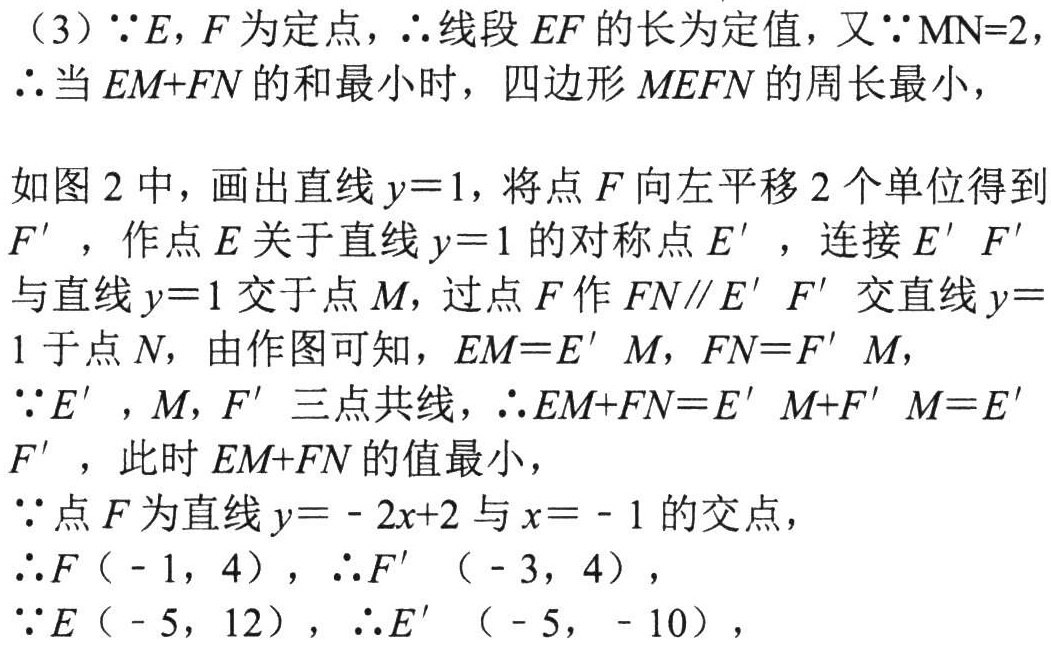
（3）\(\because E,F\)为定点，\(\therefore\)线段\(EF\)的长为定值，又\(\because MN = 2\)，
\(\therefore\)当\(EM + FN\)的和最小时，四边形\(MEFN\)的周长最小，

如图 2 中，画出直线\(y = 1\)，将点\(F\)向左平移\(2\)个单位得到\(F'\)，作点\(E\)关于直线\(y = 1\)的对称点\(E'\)，连接\(E'F'\)与直线\(y = 1\)交于点\(M\)，过点\(F\)作\(FN\parallel E'F'\)交直线\(y = 1\)于点\(N\)，由作图可知，\(EM = E'M\)，\(FN = F'M\)，
\(\because E'\)，\(M\)，\(F'\)三点共线，\(\therefore EM + FN = E'M + F'M = E'F'\)，此时\(EM + FN\)的值最小，
\(\because\)点\(F\)为直线\(y = - 2x + 2\)与\(x = - 1\)的交点，
\(\therefore F(-1,4)\)，\(\therefore F'(-3,4)\)，
\(\because E(-5,12)\)，\(\therefore E'(-5,-10)\)，